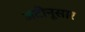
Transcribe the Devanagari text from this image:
अटीनूसार